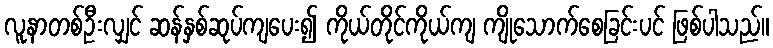
လူနာတစ်ဦးလျှင် ဆန်နှစ်ဆုပ်ကျပေး၍ ကိုယ်တိုင်ကိုယ်ကျ ကျိုသောက်စေခြင်းပင် ဖြစ်ပါသည်။